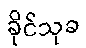
ခိုင်သုခ